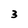
Character: 3